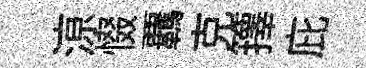
鿌惙覊克籜庇